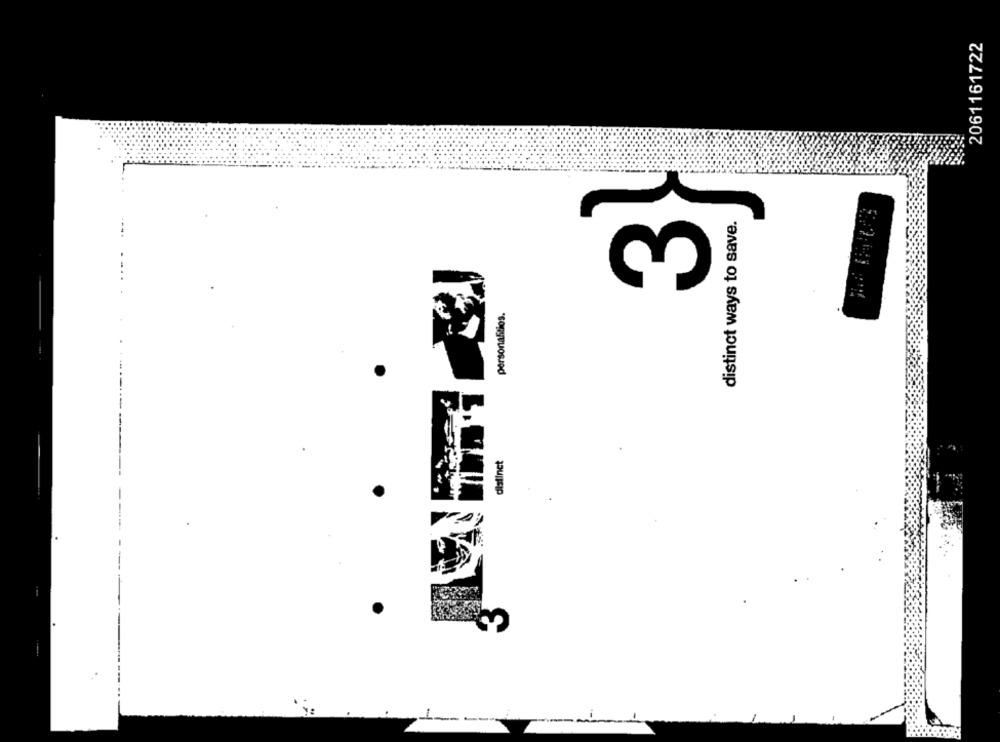
2061161722
distinct ways to save.
3
personalitios.
distinct